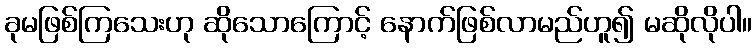
ခုမဖြစ်ကြသေးဟု ဆိုသောကြောင့် နောက်ဖြစ်လာမည်ဟူ၍ မဆိုလိုပါ။